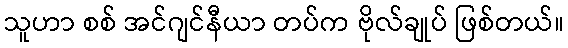
သူဟာ စစ် အင်ဂျင်နီယာ တပ်က ဗိုလ်ချုပ် ဖြစ်တယ်။